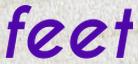
feet